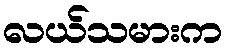
လယ်သမားက